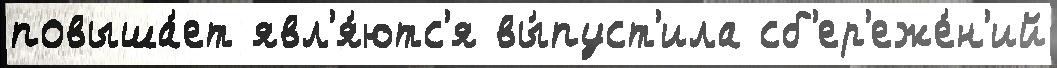
повыша́ет явл'я́ютс'я вы́пуст'ила сб'ер'еже́н'ий